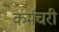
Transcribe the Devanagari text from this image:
कर्मचरी